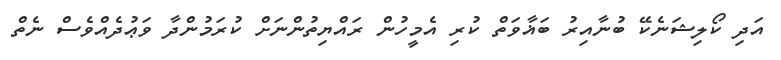
އަދި ކޯލިޝަނެކޭ ބުނާއިރު ބަޣާވަތް ކުރި އެމީހުން ރައްޔިތުންނަށް ކުރަމުންދާ ވަޢުދެއްވެސް ނެތް